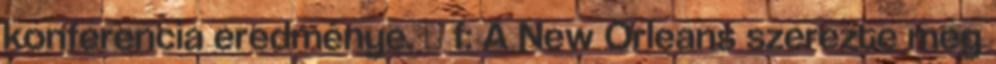
konferencia eredménye. ↑ f: A New Orleans szerezte meg